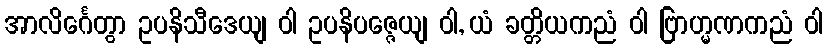
အာလိင်္ဂေတွာ ဥပနိသီဒေယျ ဝါ ဥပနိပဇ္ဇေယျ ဝါ, ယံ ခတ္တိယကညံ ဝါ ဗြာဟ္မဏကညံ ဝါ